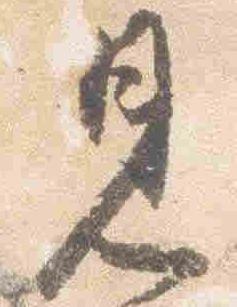
見